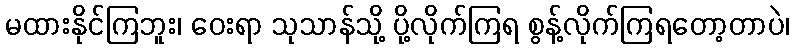
မထားနိုင်ကြဘူး၊ ဝေးရာ သုသာန်သို့ ပို့လိုက်ကြရ စွန့်လိုက်ကြရတော့တာပဲ၊